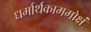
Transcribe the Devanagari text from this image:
धर्मार्थकाममोक्षं